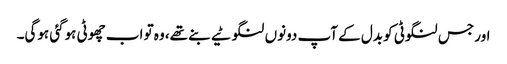
اور جس لنگوٹی کو بدل کے آپ دونوں‌ لنگوٹیے بنے تھے، وہ تو اب چھوٹی ہوگئی ہوگی۔